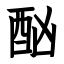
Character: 酗